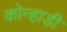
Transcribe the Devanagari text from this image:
कोन्हाड़ी